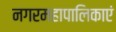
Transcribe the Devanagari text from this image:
नगरमहापालिकाएं